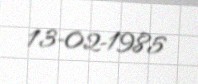
13-02-1985